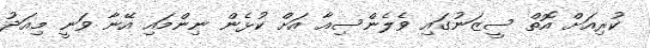
ކުރިއަށް އޮތް ސީޒަނުގައި ވެލެންސިއާ އަށް ކުޅެން ނިންމައި އޭނާ ވަނީ މިއަދު